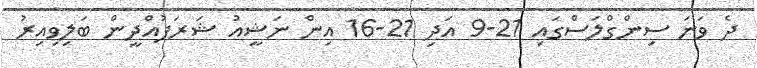
ދެ ވަނަ ސިންގްލަސްގައި 21-9 އަދި 21-16 އިން ނަޝީއު ޝަރަފުއްދީން ބަލިވިއިރު